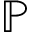
\mathbb { P }